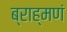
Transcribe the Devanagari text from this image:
ब्राह्मणं